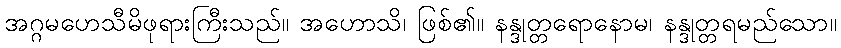
အဂ္ဂမဟေသီမိဖုရားကြီးသည်။ အဟောသိ၊ ဖြစ်၏။ နန္ဒုတ္တရောနောမ၊ နန္ဒုတ္တရမည်သော။